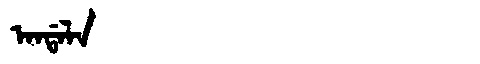
Manchu: ᠠᠨᡩᠠᠯᠠ
Romanization: ANDALA